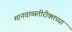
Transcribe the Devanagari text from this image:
मानवाव्यतीरीक्तच्या